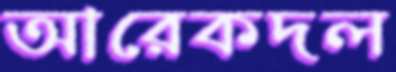
আরেকদল